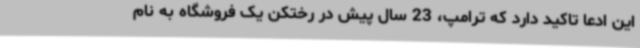
این ادعا تاکید دارد که ترامپ، 23 سال پیش در رختکن یک فروشگاه به نام